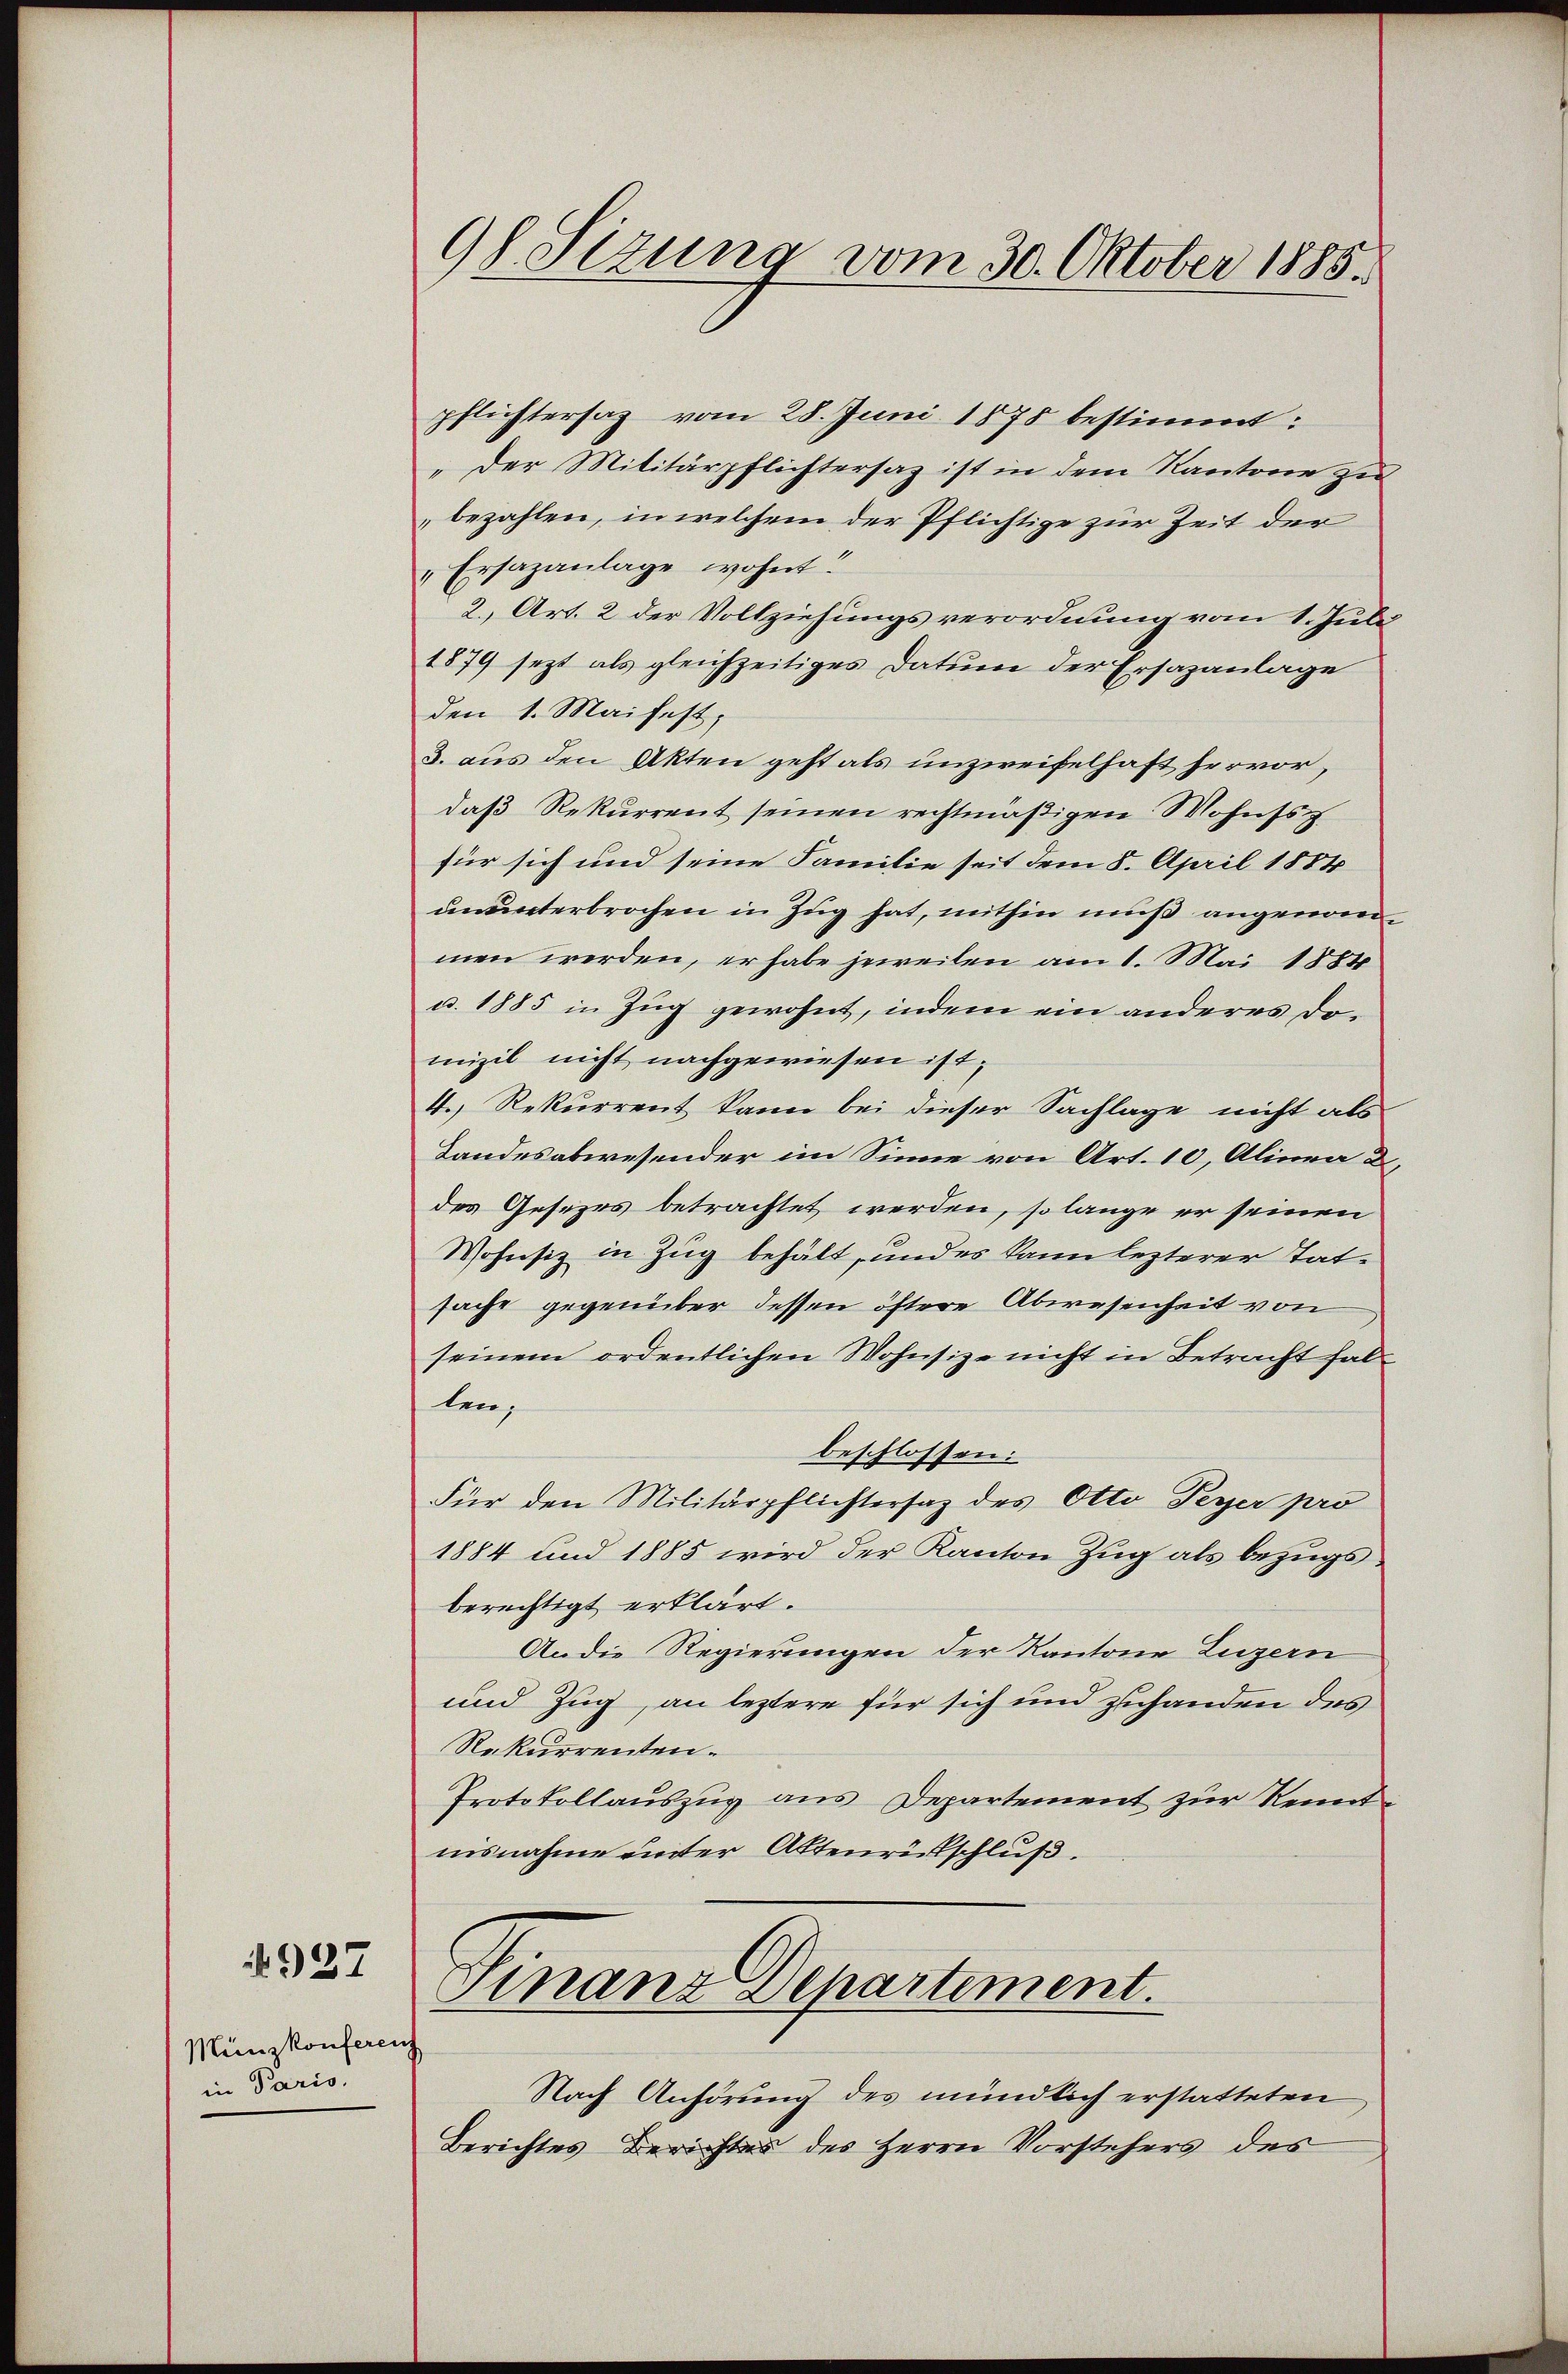
927

pflichtersaz vom 28. Juni 1878 bestimmt:
„Der Militärpflichtersaz ist in dem Kantone zu
bezahlen, in welchem der Pflichtige zur Zeit der
"Ersazanlage wohnt.
2., Art. 2 der Vollziehungsverordnung vom 1. Juli
1879 jezt als gleichzeitiges Datum der Ersazanlage
den 1. Maifest,
3. aus den Akten geht als unzweifelhaft hervor,
daß Rekurrent seinen rechtmäßigen Wohnss
für sich und seine Familie seit dem 8. April 1884
ununterbrochen in Zug hat, mithin muß angenommen werden, er habe jeweilen am 1. Mai 1884
u. 1885 in Zug gewohnt, indem ein anderes Domizil nicht nachgewiesen ist,
4. Rekurrent kann bei dieser Sachlage nicht als
Landesabwesender im Sinne von Art. 10, Alinea 2,
des Gesezes betrachtet werden, so lange er seinen
Wohnsiz in Zug behält, und es kann lezterer Tat-
sache gegenüber dessen öftere Abwesenheit von
seinem ordentlichen Wohnsize nicht in Betracht fal
len;
beschlossen:
Für den Militärpflichtersaz des Otto Peyer pro
1884 und 1885 wird der Kanton Zug als bezugs
berechtigt erklärt.
An die Regierungen der Kantone Luzern
und Zug, an leztere für sich und zuhanden des
Rekurrenten.
Protokollauszug aus Departement zur Kenntnisnahme unter Aktenrütschluß.

Münzkonferenz
in Paris.

9f Sizung vom 30. Oktober 1885.

Finanz Departement.

Nach Anhörung des mündlich erstatteten
Berichtes Berichtes des Herrn Vorstehers des